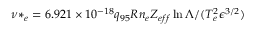
\nu * _ { e } = 6 . 9 2 1 \times 1 0 ^ { - 1 8 } q _ { 9 5 } R n _ { e } Z _ { e f f } \ln \Lambda / ( T _ { e } ^ { 2 } \epsilon ^ { 3 / 2 } )